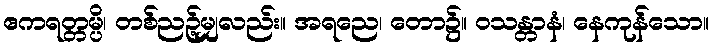
ဧကရတ္တမ္ပိ၊ တစ်ညဉ့်မျှလည်း။ အရညေ၊ တော၌။ ဝသန္တာနံ၊ နေကုန်သော။